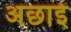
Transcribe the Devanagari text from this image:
अछाई